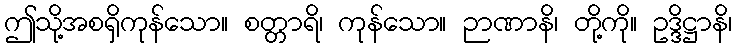
ဤသို့အစရှိကုန်သော။ စတ္တာရိ၊ ကုန်သော။ ဉာဏာနိ၊ တို့ကို။ ဥဒ္ဒိဋ္ဌာနိ၊